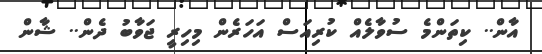
އާން.. ކިތަންމެ ސުވާލެއް ކުރިއަސް އަހަރެން މިހިރީ ޖަވާބު ދެން.. ޝާން